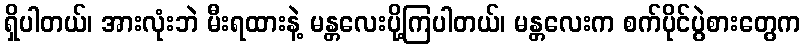
ရှိပါတယ်၊ အားလုံးဘဲ မီးရထားနဲ့ မန္တလေးပို့ကြပါတယ်၊ မန္တလေးက စက်ပိုင်ပွဲစားတွေက